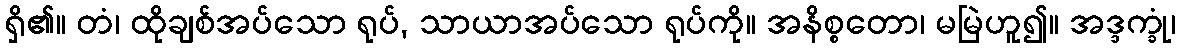
ရှိ၏။ တံ၊ ထိုချစ်အပ်သော ရုပ်, သာယာအပ်သော ရုပ်ကို။ အနိစ္စတော၊ မမြဲဟူ၍။ အဒ္ဒက္ခုံ၊